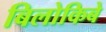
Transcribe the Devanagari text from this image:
बिलोकिबे